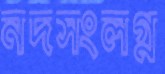
নদসংলগ্ন